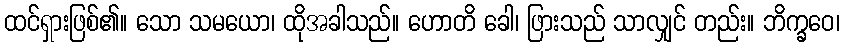
ထင်ရှားဖြစ်၏။ သော သမယော၊ ထိုအခါသည်။ ဟောတိ ခေါ၊ ဖြားသည် သာလျှင် တည်း။ ဘိက္ခဝေ၊